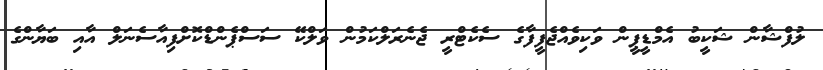
ލުފްޝާން ޝަކީބު އެމްޑީޕީން ވަކިވެއްޖެފީފާގެ ސެކެޓްރީ ޖެނެރަލްކަމުން ވަލްކޭ ސަސްޕެންޑްކޮށްފިއާސެނަލް އާއި ބަޔާންގެ